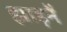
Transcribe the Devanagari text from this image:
झाड़नें